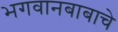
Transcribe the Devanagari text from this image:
भगवानबाबाचे